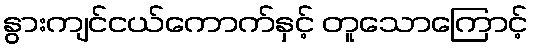
နွားကျင်ငယ်ကောက်နှင့် တူသောကြောင့်